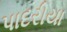
પાદરીયા